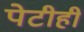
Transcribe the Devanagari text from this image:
पेटीही